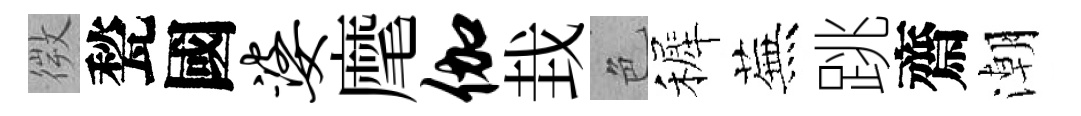
微甃國婆麾伽㘽色裤蕪跳齋潮